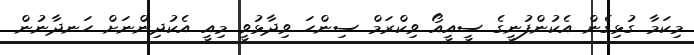
މިކަމާ ގުޅިގެން އެކުންފުނީގެ ސީއީއޯ ވިކްރަމް ސިންހަ ވިދާޅުވީ މިއީ އެކުދިންނަށް ހަނދާނުން